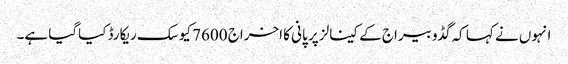
انہوں نے کہا کہ گڈو بیراج کے کینالز پر پانی کا اخراج 7600 کیوسک ریکارڈ کیاگیا ہے۔